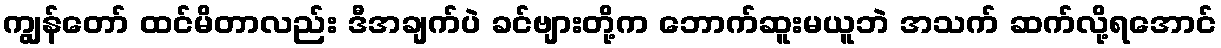
ကျွန်တော် ထင်မိတာလည်း ဒီအချက်ပဲ ခင်ဗျားတို့က ဘောက်ဆူးမယူဘဲ အသက် ဆက်လို့ရအောင်